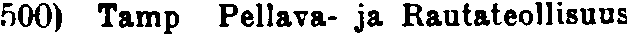
500) Tamp Pellava- ja Rautateollisuus